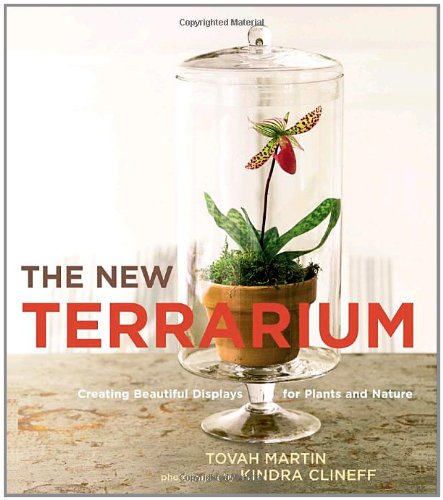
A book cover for The New Terrarium: Creating Beautiful Displays for Plants and Nature; Tovah Martin; Crafts, Hobbies & Home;